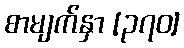
စာမျက်နှာ [၃၇၀]